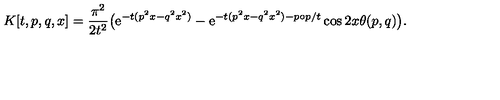
K [ t , p , q , x ] = \frac { \pi ^ { 2 } } { 2 t ^ { 2 } } \big ( \mathrm { e } ^ { - t ( p ^ { 2 } x - q ^ { 2 } x ^ { 2 } ) } - \mathrm { e } ^ { - t ( p ^ { 2 } x - q ^ { 2 } x ^ { 2 } ) - p \circ p / t } \cos 2 x \theta ( p , q ) \big ) .